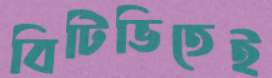
বিটিভিতেই